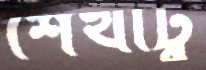
শেখাটু